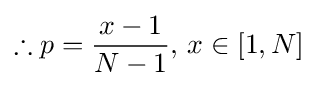
\therefore p={\frac {x-1}{N-1}}{\text{, }}x\in [1,N]